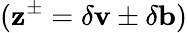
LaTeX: (\mathbf{z}^{\pm}=\delta\mathbf{v}\pm\delta\mathbf{b})